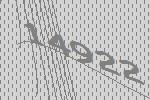
14922